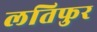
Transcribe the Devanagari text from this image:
लतिफुर